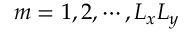
m = 1 , 2 , \cdots , L _ { x } L _ { y }